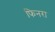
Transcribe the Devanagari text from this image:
फिनरा